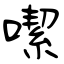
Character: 噄